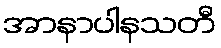
အာနာပါနသတီ